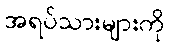
အရပ်သားများကို